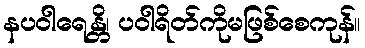
နပဝါရေန္တိ၊ ပဝါရိတ်ကိုမဖြစ်စေကုန်။